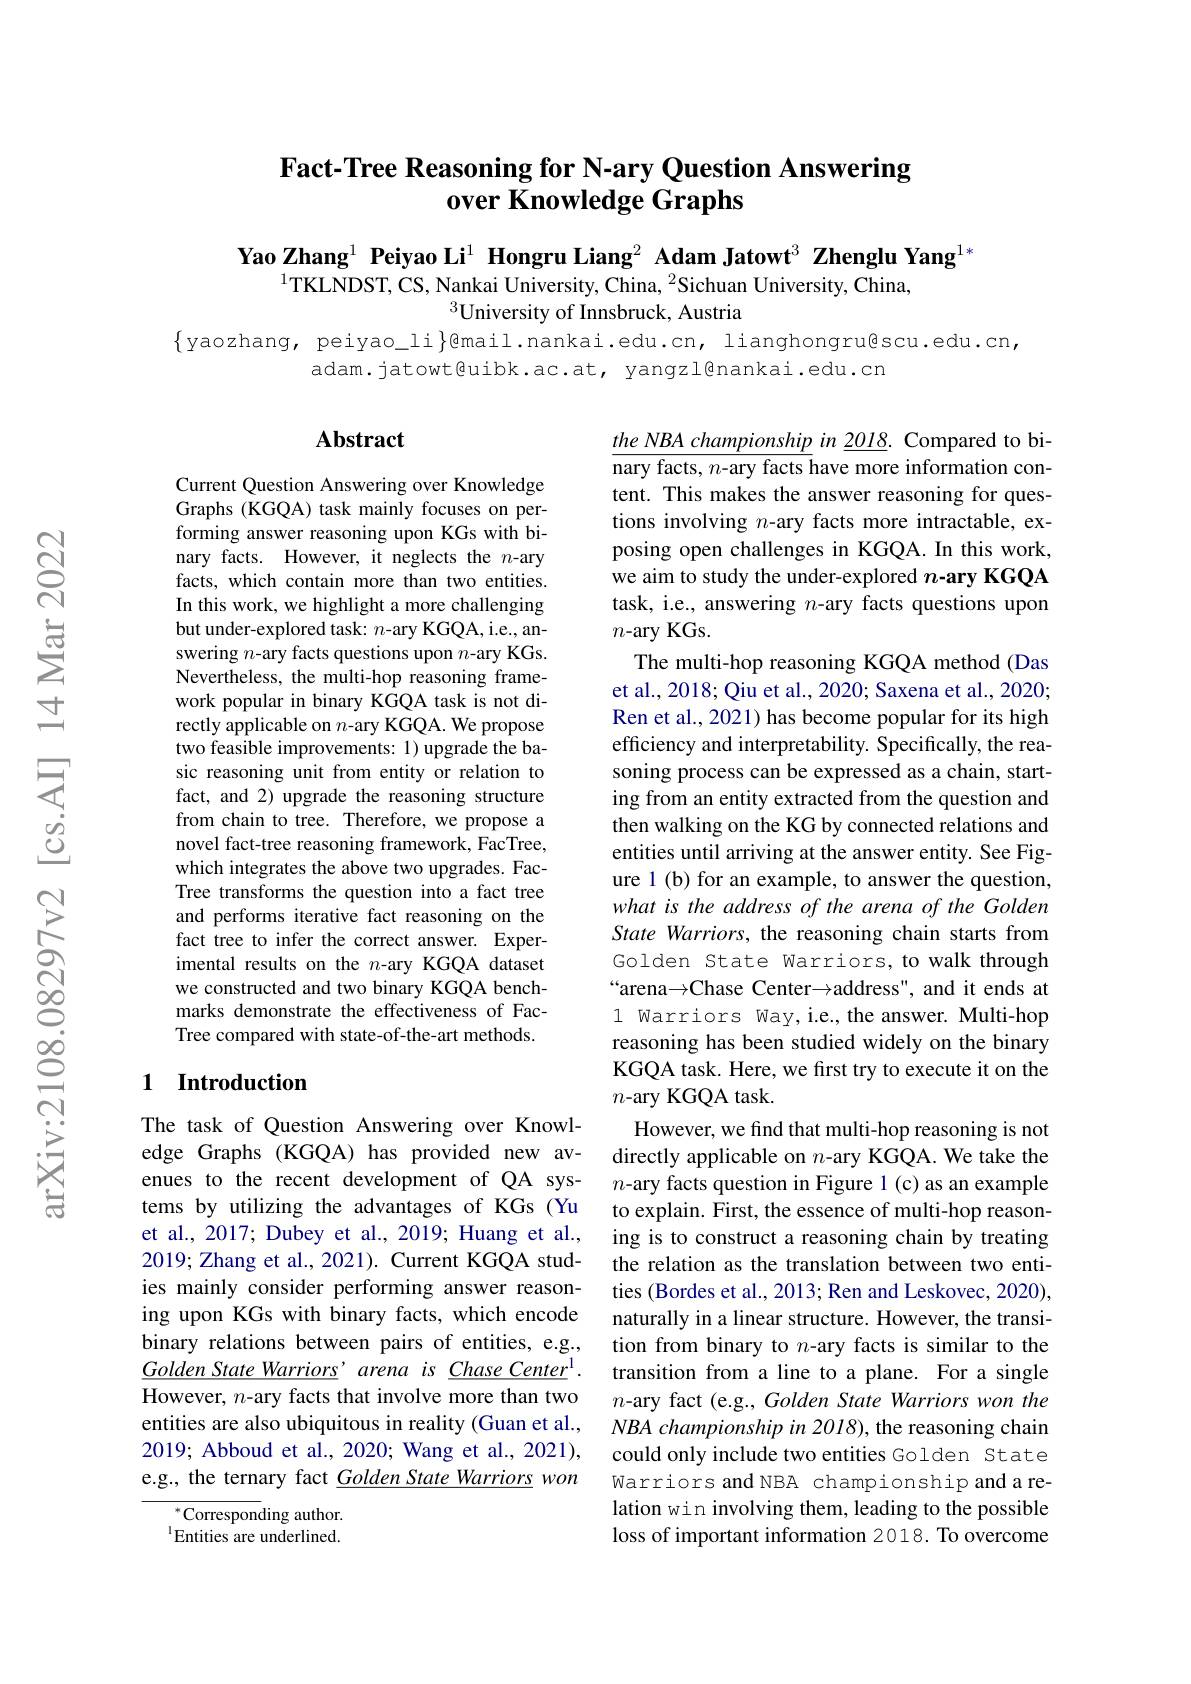
# Fact-Tree Reasoning for N-ary Question Answering $\textbf{over Knowledge Graphs}$

Yao Zhang$^{1}\textbf{ Peiyao Li}^{1}$ Hongru Liang$^2\textbf{ Adam Jatowt}^3\textbf{ Zhenglu Yang}^{1*}$
$^{1}$TKLNDST, CS, Nankai University, China, $^{2}$Sichuan University, China,
$^{3}$University of Innsbruck, Austria

$\{$yaozhang, peiyao\_li}Qmail.nankai.edu.cn, lianghongru@scu.edu.cn,
adam. jatowt@uibk.ac.at, yangzl@nankai.edu.cn

### $\mathbf{Abstract}$

Current Question Answering over Knowledge Graphs (KGQA) task mainly focuses on performing answer reasoning upon KGs with binary facts. However, it neglects the $n$-ary facts, which contain more than two entities. In this work, we highlight a more challenging but under-explored task: $n$-ary KGQA, i.e., answering $n$-ary facts questions upon $n$-ary KGs. Nevertheless, the multi-hop reasoning framework popular in binary KGQA task is not directly applicable on $n$-ary KGQA. We propose two feasible improvements: 1) upgrade the basic reasoning unit from entity or relation to fact, and 2) upgrade the reasoning structure from chain to tree. Therefore, we propose a novel fact-tree reasoning framework, FacTree, which integrates the above two upgrades. FacTree transforms the question into a fact tree and performs iterative fact reasoning on the fact tree to infer the correct answer. Experimental results on the $n$-ary KGQA dataset we constructed and two binary KGQA benchmarks demonstrate the effectiveness of FacTree compared with state-of-the-art methods.

$the\textit{NBA championship in }\underline {2018}.$Compared to binary facts, $n$-ary facts have more information content. This makes the answer reasoning for questions involving $n$-ary facts more intractable, exposing open challenges in KGQA. In this work, we aim to study the under-explored $n$-ary KGQA task, i.e., answering $n$-ary facts questions upon $n$-ary KGs.
The multi-hop reasoning KGQA method (Das et al., 2018; Qiu et al., 2020; Saxena et al., 2020; Ren et al., 2021) has become popular for its high efficiency and interpretability. Specifically, the reasoning process can be expressed as a chain, starting from an entity extracted from the question and then walking on the KG by connected relations and entities until arriving at the answer entity. See Figure 1 (b) for an example, to answer the question, what is the address of the arena of the Golden State Warriors, the reasoning chain starts from Golden State Warriors, to walk through “arena→Chase Center→address", and it ends at 1 Warriors Way,i.e.,the answer. Multi-hop reasoning has been studied widely on the binary KGQA task. Here, we first try to execute it on the $n$-ary KGQA task.
However, we find that multi-hop reasoning is not directly applicable on -ary KGQA. We take the $n$-ary facts question in Figure 1(c)as an example to explain. First, the essence of multi-hop reasoning is to construct a reasoning chain by treating the relation as the translation between two entities (Bordes et al., 2013; Ren and Leskovec, 2020), naturally in a linear structure. However, the transition from binary to $n$-ary facts is similar to the transition from a line to a plane. For a single $n$-ary fact (e.g., Golden State Warriors won the NBA championship in 2018), the reasoning chain could only include two entities Golden State Warriors and NBA championship and a relation win involving them, leading to the possible loss of important information 2018. To overcome

### 1 Introduction

The task of Question Answering over Knowledge Graphs (KGQA) has provided new avenues to the recent development of QA systems by utilizing the advantages of KGs (Yu et al., 2017; Dubey et al., 2019; Huang et al., 2019; Zhang et al., 2021). Current KGQA studies mainly consider performing answer reasoning upon KGs with binary facts, which encode binary relations between pairs of entities, e.g., $\underline {Golden\:State\:Warriors}’ arena$ $is$ $\underline {Chase\:Center^{1}}.$ $\overline{\text{However, }n\text{-ary facts that involve more than two}}$ entities are also ubiquitous in reality (Guan et al., 2019; Abboud et al., 2020; Wang et al., 2021), e.g., the ternary fact $\underline {G}olden\textit{State Warriors}$ won

${^{*}\text{Corresponding author.}}$ $^{1}$Entities are underlined.